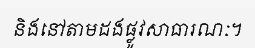
និងនៅតាមដងផ្លូវសាធារណៈ។